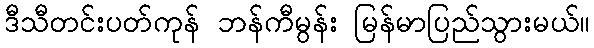
ဒီသီတင်းပတ်ကုန် ဘန်ကီမွန်း မြန်မာပြည်သွားမယ်။